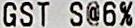
GST S@6%